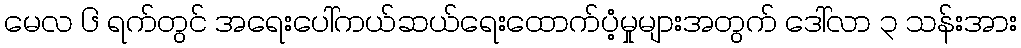
မေလ ၆ ရက်တွင် အရေးပေါ်ကယ်ဆယ်ရေးထောက်ပံ့မှုများအတွက် ဒေါ်လာ ၃ သန်းအား